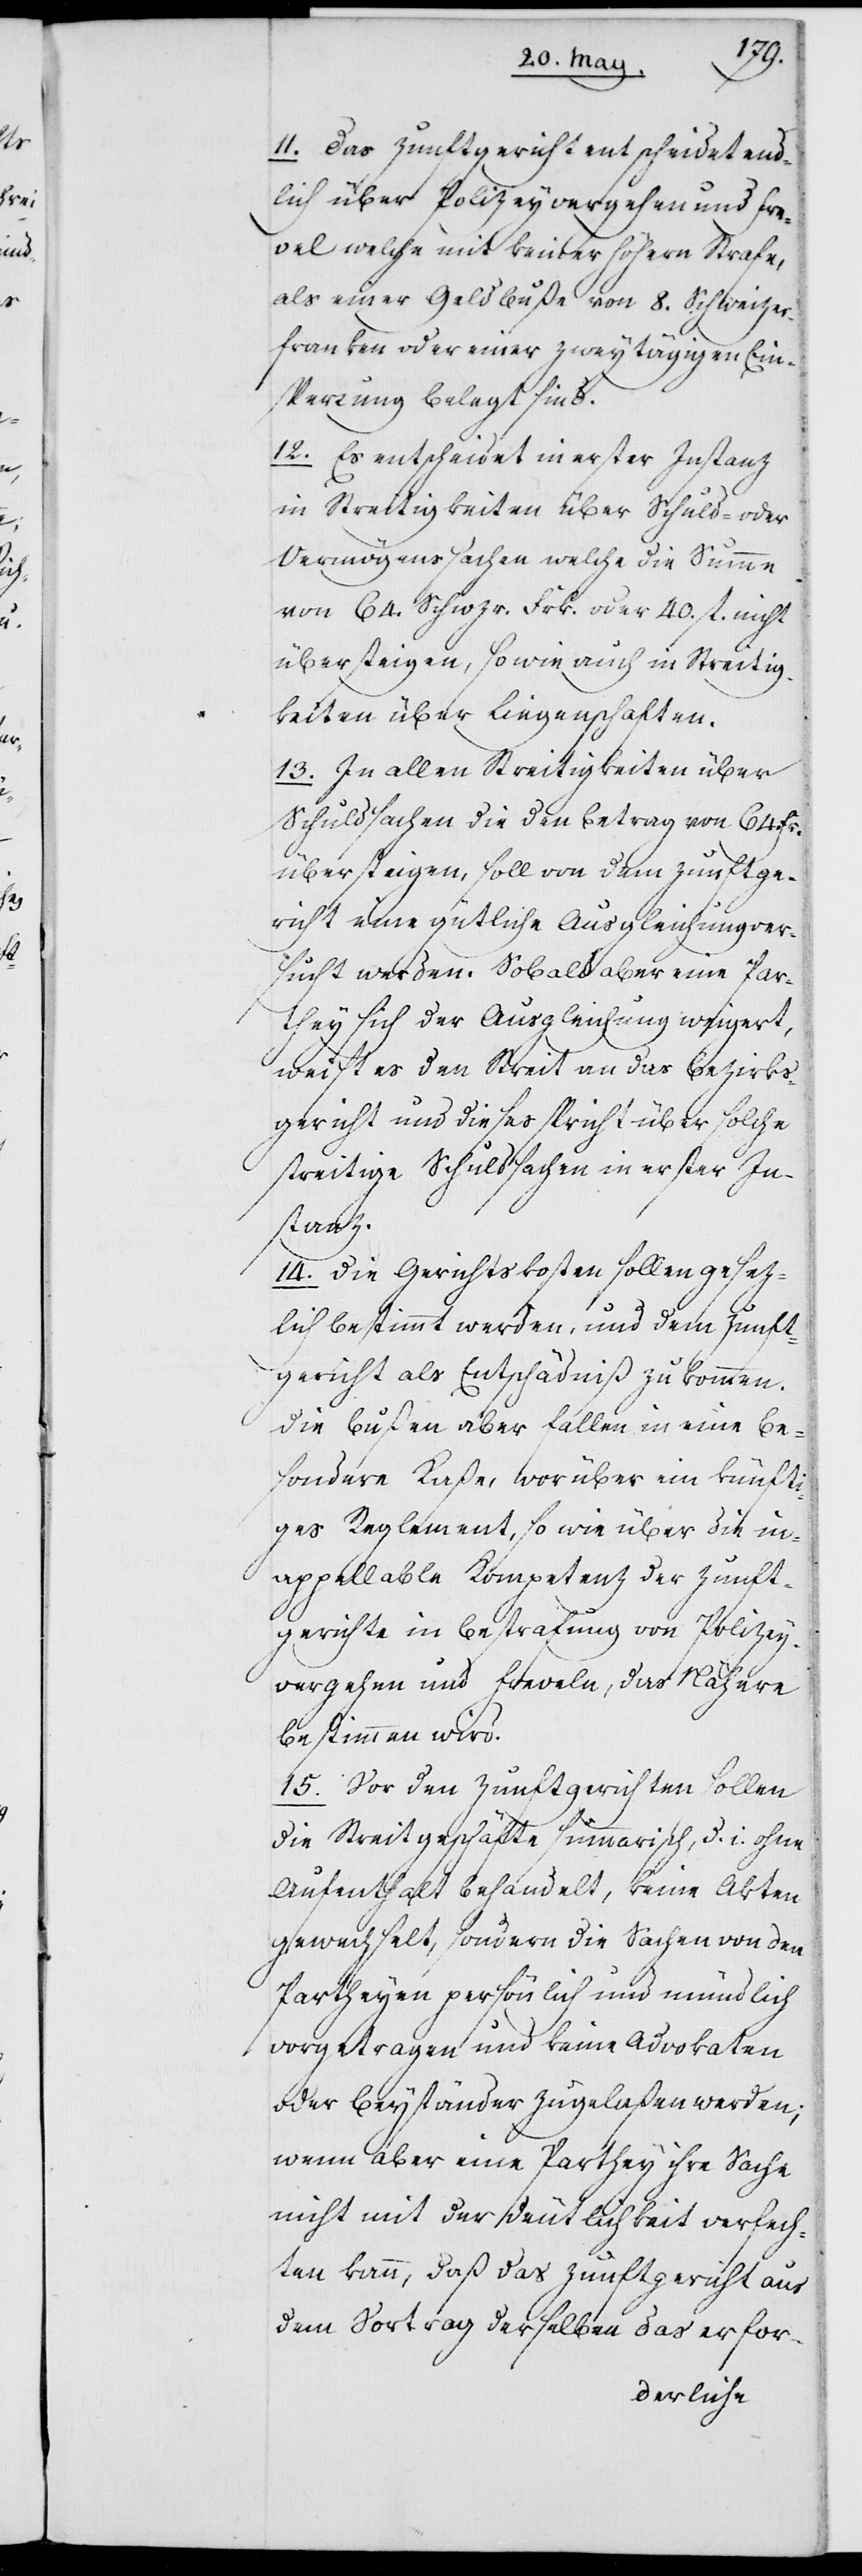
11. Das Zunftgericht entscheidet end¬
lich über Polizeyvergehen und Fre¬
vel welche mit keiner höhern Strafe,
als einer Geldbuße von 8. Schweizer¬
franken oder einer zweytägigen Ein¬
sperrung belegt sind.
12. Es entscheidet in erster Instanz
in Streitigkeiten über Schuld- oder
Vermögenssachen welche die Summe
von 64. Schwzr. Frk. oder 40. fl. nicht
übersteigen, sowie auch in Streitig¬
keiten über Liegenschaften.
13. In allen Streitigkeiten über
Schuldsachen, die den Betrag von 64. Fr.
übersteigen, soll von dem Zunftge¬
richt eine gütliche Ausgleichung ver¬
sucht werden. Sobald aber eine Par¬
they sich der Ausgleichung weigert,
weist es den Streit an das Bezirks¬
gericht und dieses spricht über solche
streitige Schuldsachen in erster In¬
stanz.
14. Die Gerichtskosten sollen gesez¬
lich bestimmt werden, und dem Zunft¬
gericht als Entschädniß zukommen.
Die Bußen aber fallen in eine be¬
sondere Kaße, worüber ein künfti¬
ges Reglement, sowie über die in¬
appellable Kompetenz der Zunft¬
gerichte in Bestrafung von Polizey¬
vergehen und Freveln, das Nähere
bestimmen wird.
15. Vor den Zunftgerichten sollen
die Streitgeschäfte summarisch, d. i. ohne
Aufenthalt behandelt, keine Akten
gewechselt, sondern die Sachen von den
Partheyen persönlich und mündlich
vorgetragen und keine Advokaten
oder Beyständer zugelaßen werden;
wenn aber eine Parthey ihre Sache
nicht mit der Deutlichkeit verfech¬
ten kann, daß das Zunftgericht aus
dem Vortrag derselben das erfor-